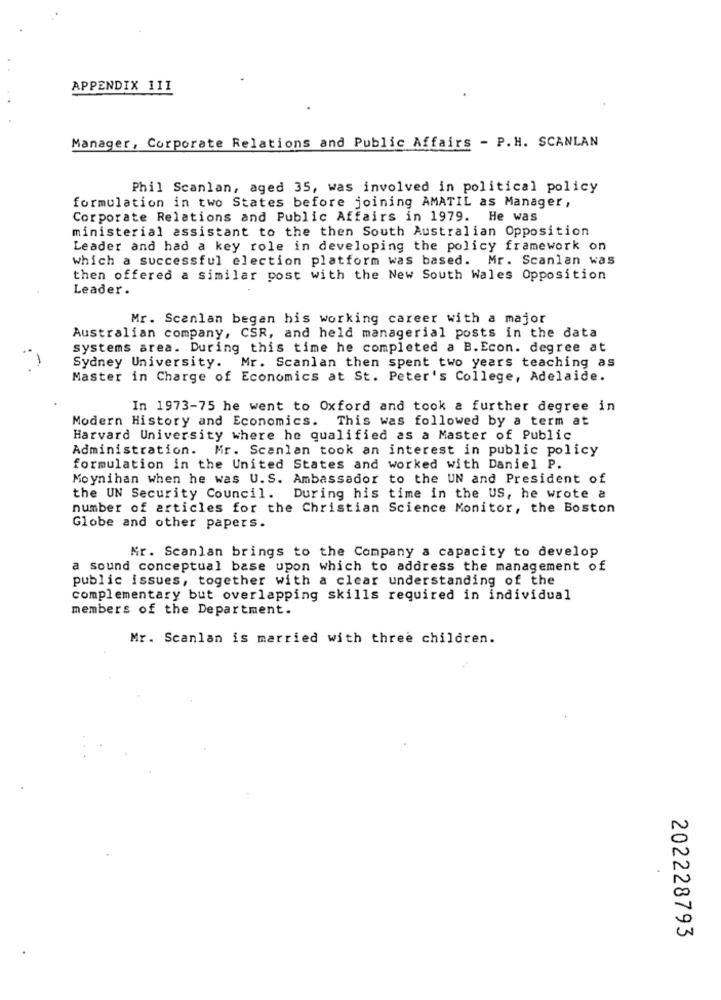
APPENDIX 111
Manager, Corporate Relations and Public Affairs - P.H. SCANLAN
Phil Scanlan, aged 35, was involved in political policy
formulation in two States before joining AMATIL as Manager,
Corporate Relations and Public Affairs in 1979. He was
ministerial assistant to the then South Australian Opposition
Leader and had a key role in developing the policy framework on
which a successful election platform was based. Mr. Scanlan was
then offered a similar post with the New South Wales Opposition
Leader.
Mr. Scanlan began his working career with a major
Australian company, CSR, and held managerial posts in the data
systems area. During this time he completed a B. Econ. degree at
Sydney University. Mr. Scanlan then spent two years teaching as
Master in Charge of Economics at St. Peter's College, Adelaide.
In 1973-75 he went to Oxford and took a further degree in
Modern History and Economics. This was followed by a term at
Harvard University where he qualified as a Master of Public
Administration. Mr. Scanlan took an interest in public policy
formulation in the United States and worked with Daniel P.
Moynihan when he was U.S. Ambassador to the UN and President of
the UN Security Council.
During his time in the US, he wrote a
number of articles for the Christian Science Monitor, the Boston
Globe and other papers.
Mr. Scanlan brings to the Company a capacity to develop
a sound conceptual base upon which to address the management of
public issues, together with a clear understanding of the
complementary but overlapping skills required in individual
members of the Department.
Mr. Scanlan is married with three children.
202228793